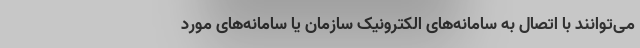
می‌توانند با اتصال به سامانه‌های الکترونیک سازمان یا سامانه‌های مورد